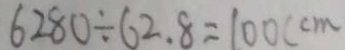
6 2 8 0 \div 6 2 . 8 = 1 0 0 ( c m